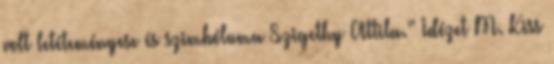
volt letéteményese és szimbóluma Szigethy Attila.” Idézet M. Kiss